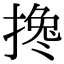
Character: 搀